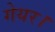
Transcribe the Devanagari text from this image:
गेयर।